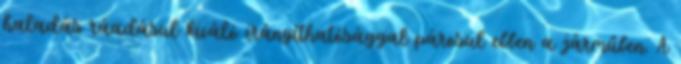
haladás ráadásul kiváló irányíthatósággal párosul ebben a járműben. A